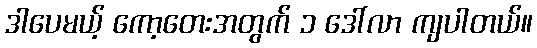
ဒါပေမယ့် ကော့တေးအတွက် ၁ ဒေါ်လာ ကျပါတယ်။